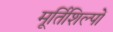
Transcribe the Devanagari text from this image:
मूर्तिशिल्पों